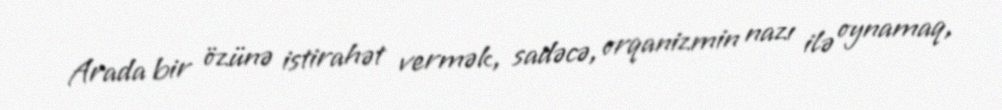
Arada bir özünə istirahət vermək, sadəcə, orqanizmin nazı ilə oynamaq,